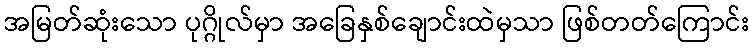
အမြတ်ဆုံးသော ပုဂ္ဂိုလ်မှာ အခြေနှစ်ချောင်းထဲမှသာ ဖြစ်တတ်ကြောင်း